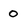
Character: 0